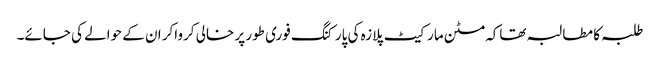
طلبہ کا مطالبہ تھاکہ مٹن مارکیٹ پلازہ کی پارکنگ فوری طور پر خالی کرواکر ان کے حوالے کی جائے۔